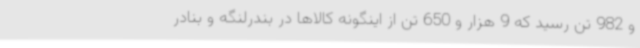
و 982 تن رسید که 9 هزار و 650 تن از اینگونه کالاها در بندرلنگه و بنادر